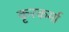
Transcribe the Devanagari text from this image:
कृरकर्मा